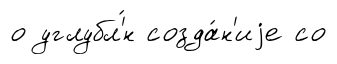
о углубл'́н созда́н'иjе со